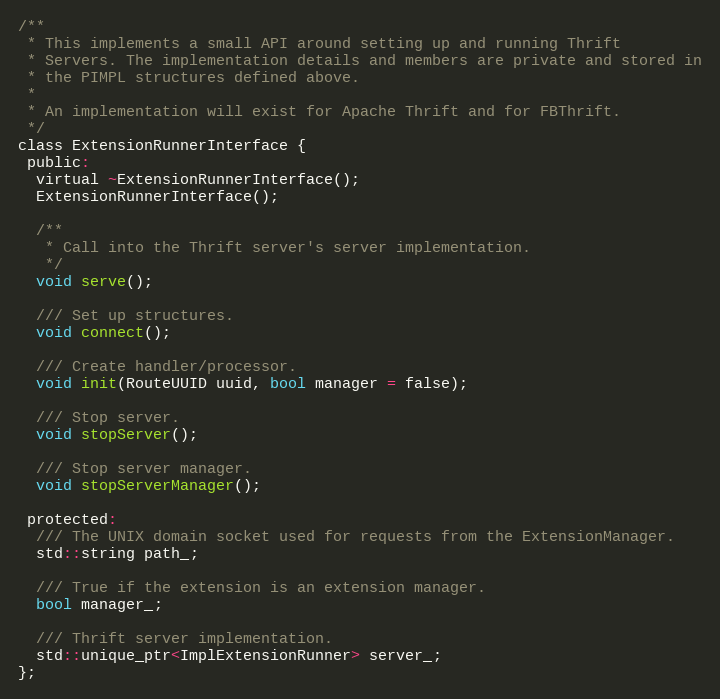
Language: C
/**
 * This implements a small API around setting up and running Thrift
 * Servers. The implementation details and members are private and stored in
 * the PIMPL structures defined above.
 *
 * An implementation will exist for Apache Thrift and for FBThrift.
 */
class ExtensionRunnerInterface {
 public:
  virtual ~ExtensionRunnerInterface();
  ExtensionRunnerInterface();

  /**
   * Call into the Thrift server's server implementation.
   */
  void serve();

  /// Set up structures.
  void connect();

  /// Create handler/processor.
  void init(RouteUUID uuid, bool manager = false);

  /// Stop server.
  void stopServer();

  /// Stop server manager.
  void stopServerManager();

 protected:
  /// The UNIX domain socket used for requests from the ExtensionManager.
  std::string path_;

  /// True if the extension is an extension manager.
  bool manager_;

  /// Thrift server implementation.
  std::unique_ptr<ImplExtensionRunner> server_;
};